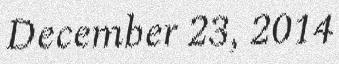
December 23, 2014